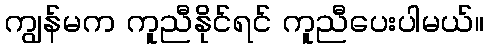
ကျွန်မက ကူညီနိုင်ရင် ကူညီပေးပါမယ်။